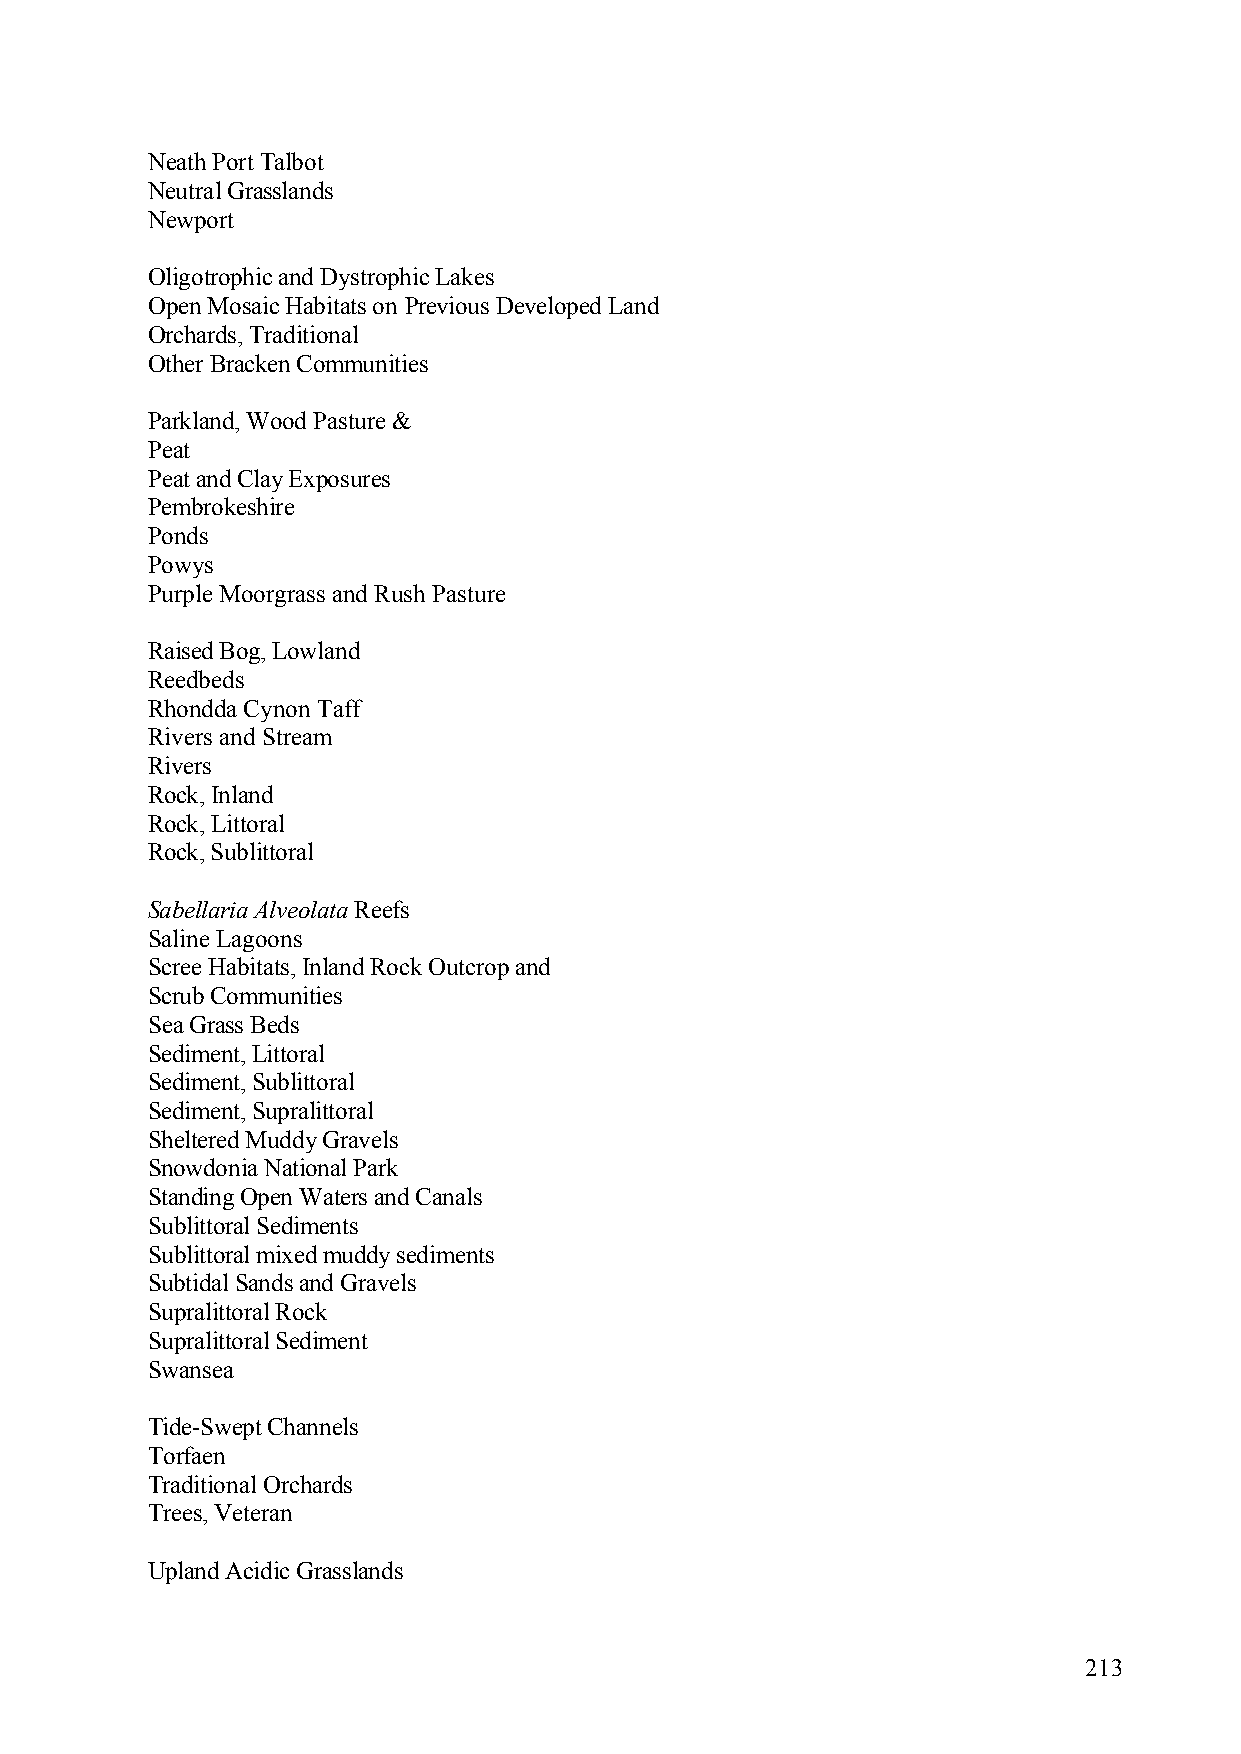
Neath Port Talbot
 Neutral Grasslands
 Newport
 Oligotrophic and Dystrophic Lakes
 Open Mosaic Habitats on Previous Developed Land
 Orchards, Traditional
 Other Bracken Communities
 Parkland, Wood Pasture &
 Peat
 Peat and Clay Exposures
 Pembrokeshire
 Ponds
 Powys
 Purple Moorgrass and Rush Pasture
 Raised Bog, Lowland
 Reedbeds
 Rhondda Cynon Taff
 Rivers and Stream
 Rivers
 Rock, Inland
 Rock, Littoral
 Rock, Sublittoral
 Sabellaria Alveolata Reefs
 Saline Lagoons
 Scree Habitats, Inland Rock Outcrop and
 Scrub Communities
 Sea Grass Beds
 Sediment, Littoral
 Sediment, Sublittoral
 Sediment, Supralittoral
 Sheltered Muddy Gravels
 Snowdonia National Park
 Standing Open Waters and Canals
 Sublittoral Sediments
 Sublittoral mixed muddy sediments
 Subtidal Sands and Gravels
 Supralittoral Rock
 Supralittoral Sediment
 Swansea
 Tide-Swept Channels
 Torfaen
 Traditional Orchards
 Trees, Veteran
 Upland Acidic Grasslands
 213